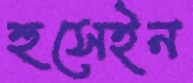
হুসেইন